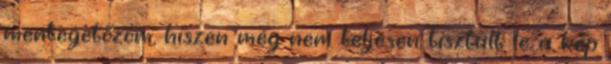
mentegetőzöm, hiszen még nem teljesen tisztult le a kép